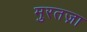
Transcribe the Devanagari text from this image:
मुरतज़ा